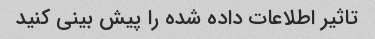
تاثیر اطلاعات داده شده را پیش بینی کنید